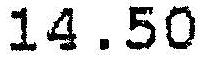
14.50